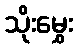
သိုးမွှေး